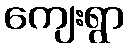
ကျေးရွာ